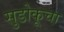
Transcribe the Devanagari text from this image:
सुडोकूचा